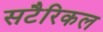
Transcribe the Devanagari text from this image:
सटैरिकल